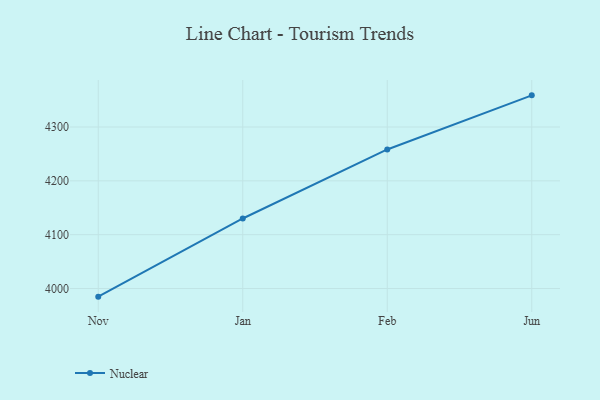
{"axis": {"x": "Month", "y": "Conversion Rate (%)"}, "legend": ["Nuclear"], "data": [{"x": "Nov", "y": 3984.9, "type": "Nuclear"}, {"x": "Jan", "y": 4130.1, "type": "Nuclear"}, {"x": "Feb", "y": 4258.3, "type": "Nuclear"}, {"x": "Jun", "y": 4358.8, "type": "Nuclear"}]}